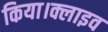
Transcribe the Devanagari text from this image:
किया।क्लाइव